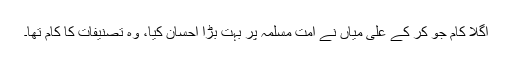
اگلا کام جو کر کے علی میاں نے امت مسلمہ پر بہت بڑا احسان کیا، وہ تصنیفات کا کام تھا۔